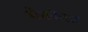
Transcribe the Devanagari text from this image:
मेनकेला